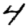
Digit: 4